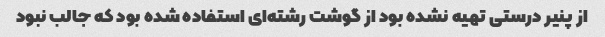
از پنیر درستی تهیه نشده بود از گوشت رشته‌ای استفاده شده بود که جالب نبود